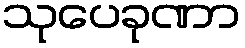
သုပေခုဏာ